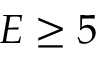
E \geq 5